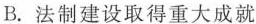
B.法制建设取得重大成就